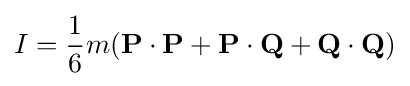
I={\frac {1}{6}}m(\mathbf {P} \cdot \mathbf {P} +\mathbf {P} \cdot \mathbf {Q} +\mathbf {Q} \cdot \mathbf {Q} )